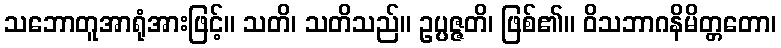
သဘောတူအာရုံအားဖြင့်။ သတိ၊ သတိသည်။ ဥပ္ပဇ္ဇတိ၊ ဖြစ်၏။ ဝိသဘာဂနိမိတ္တတော၊